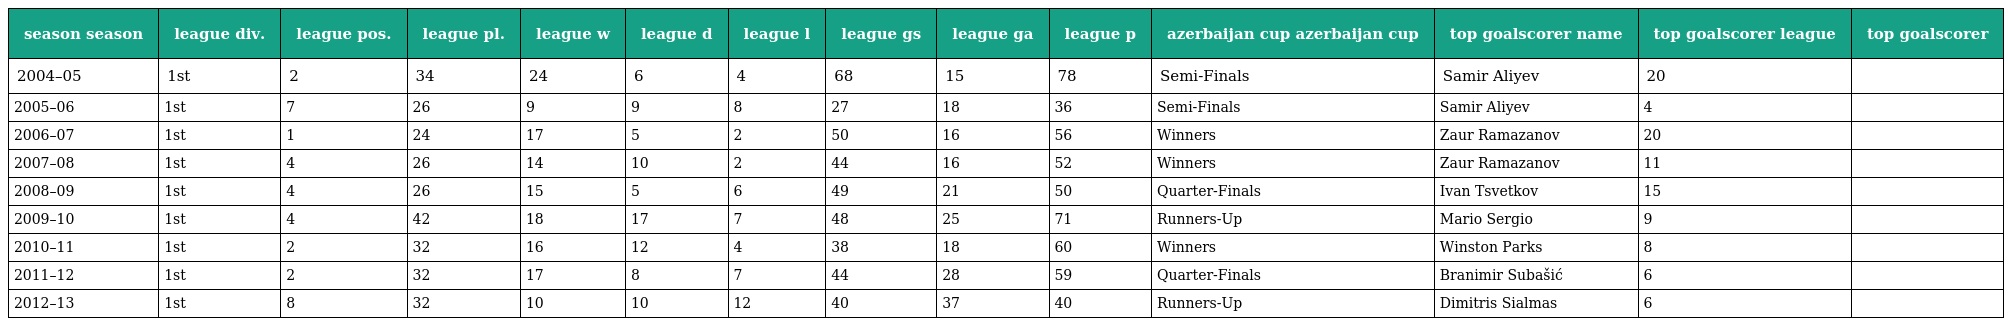
| season season | league div. | league pos. | league pl. | league w | league d | league l | league gs | league ga | league p | azerbaijan cup azerbaijan cup | top goalscorer name | top goalscorer league | top goalscorer |
 | --- | --- | --- | --- | --- | --- | --- | --- | --- | --- | --- | --- | --- | --- |
 | 2004–05 | 1st | 2 | 34 | 24 | 6 | 4 | 68 | 15 | 78 | Semi-Finals | Samir Aliyev | 20 |  |
 | 2005–06 | 1st | 7 | 26 | 9 | 9 | 8 | 27 | 18 | 36 | Semi-Finals | Samir Aliyev | 4 |  |
 | 2006–07 | 1st | 1 | 24 | 17 | 5 | 2 | 50 | 16 | 56 | Winners | Zaur Ramazanov | 20 |  |
 | 2007–08 | 1st | 4 | 26 | 14 | 10 | 2 | 44 | 16 | 52 | Winners | Zaur Ramazanov | 11 |  |
 | 2008–09 | 1st | 4 | 26 | 15 | 5 | 6 | 49 | 21 | 50 | Quarter-Finals | Ivan Tsvetkov | 15 |  |
 | 2009–10 | 1st | 4 | 42 | 18 | 17 | 7 | 48 | 25 | 71 | Runners-Up | Mario Sergio | 9 |  |
 | 2010–11 | 1st | 2 | 32 | 16 | 12 | 4 | 38 | 18 | 60 | Winners | Winston Parks | 8 |  |
 | 2011–12 | 1st | 2 | 32 | 17 | 8 | 7 | 44 | 28 | 59 | Quarter-Finals | Branimir Subašić | 6 |  |
 | 2012–13 | 1st | 8 | 32 | 10 | 10 | 12 | 40 | 37 | 40 | Runners-Up | Dimitris Sialmas | 6 |  |